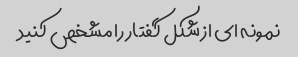
نمونه ای از شکل گفتار را مشخص کنید